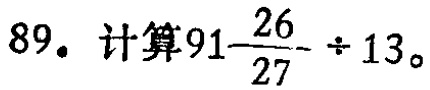
89. 计算$91\frac{26}{27}\div 13$。